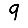
Digit: 9